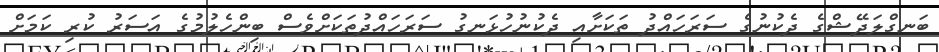
ބަނގްލަދޭޝްގެ ދެކުނުގެ ސަރަހައްދު ތަކަށާއި ދެކުނުހުޅަނގު ސަރަހައްދުތަކަށްވެސް ބިންހެލުމުގެ އަސަރު ކުރި ކަމަށް